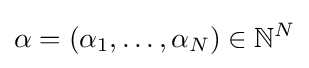
\alpha =(\alpha _{1},\dots ,\alpha _{N})\in \mathbb {N} ^{N}